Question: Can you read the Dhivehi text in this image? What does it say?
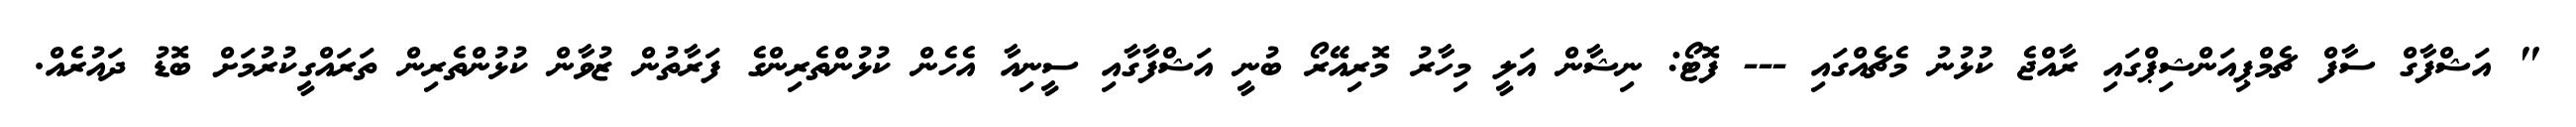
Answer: " އަޝްފާގް ސާފް ޗެމްޕިއަންޝިޕްގައި ރާއްޖެ ކުޅުނު މެޗެއްގައި --- ފޮޓޯ: ނިޝާން އަލީ މިހާރު މޮރިއޭރޯ ބުނީ އަޝްފާގާއި ސީނިއާ އެހެން ކުޅުންތެރިންގެ ފަރާތުން ޒުވާން ކުޅުންތެރިން ތަރައްގީކުރުމަށް ބޮޑު ދައުރެއް.